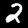
Label: 2